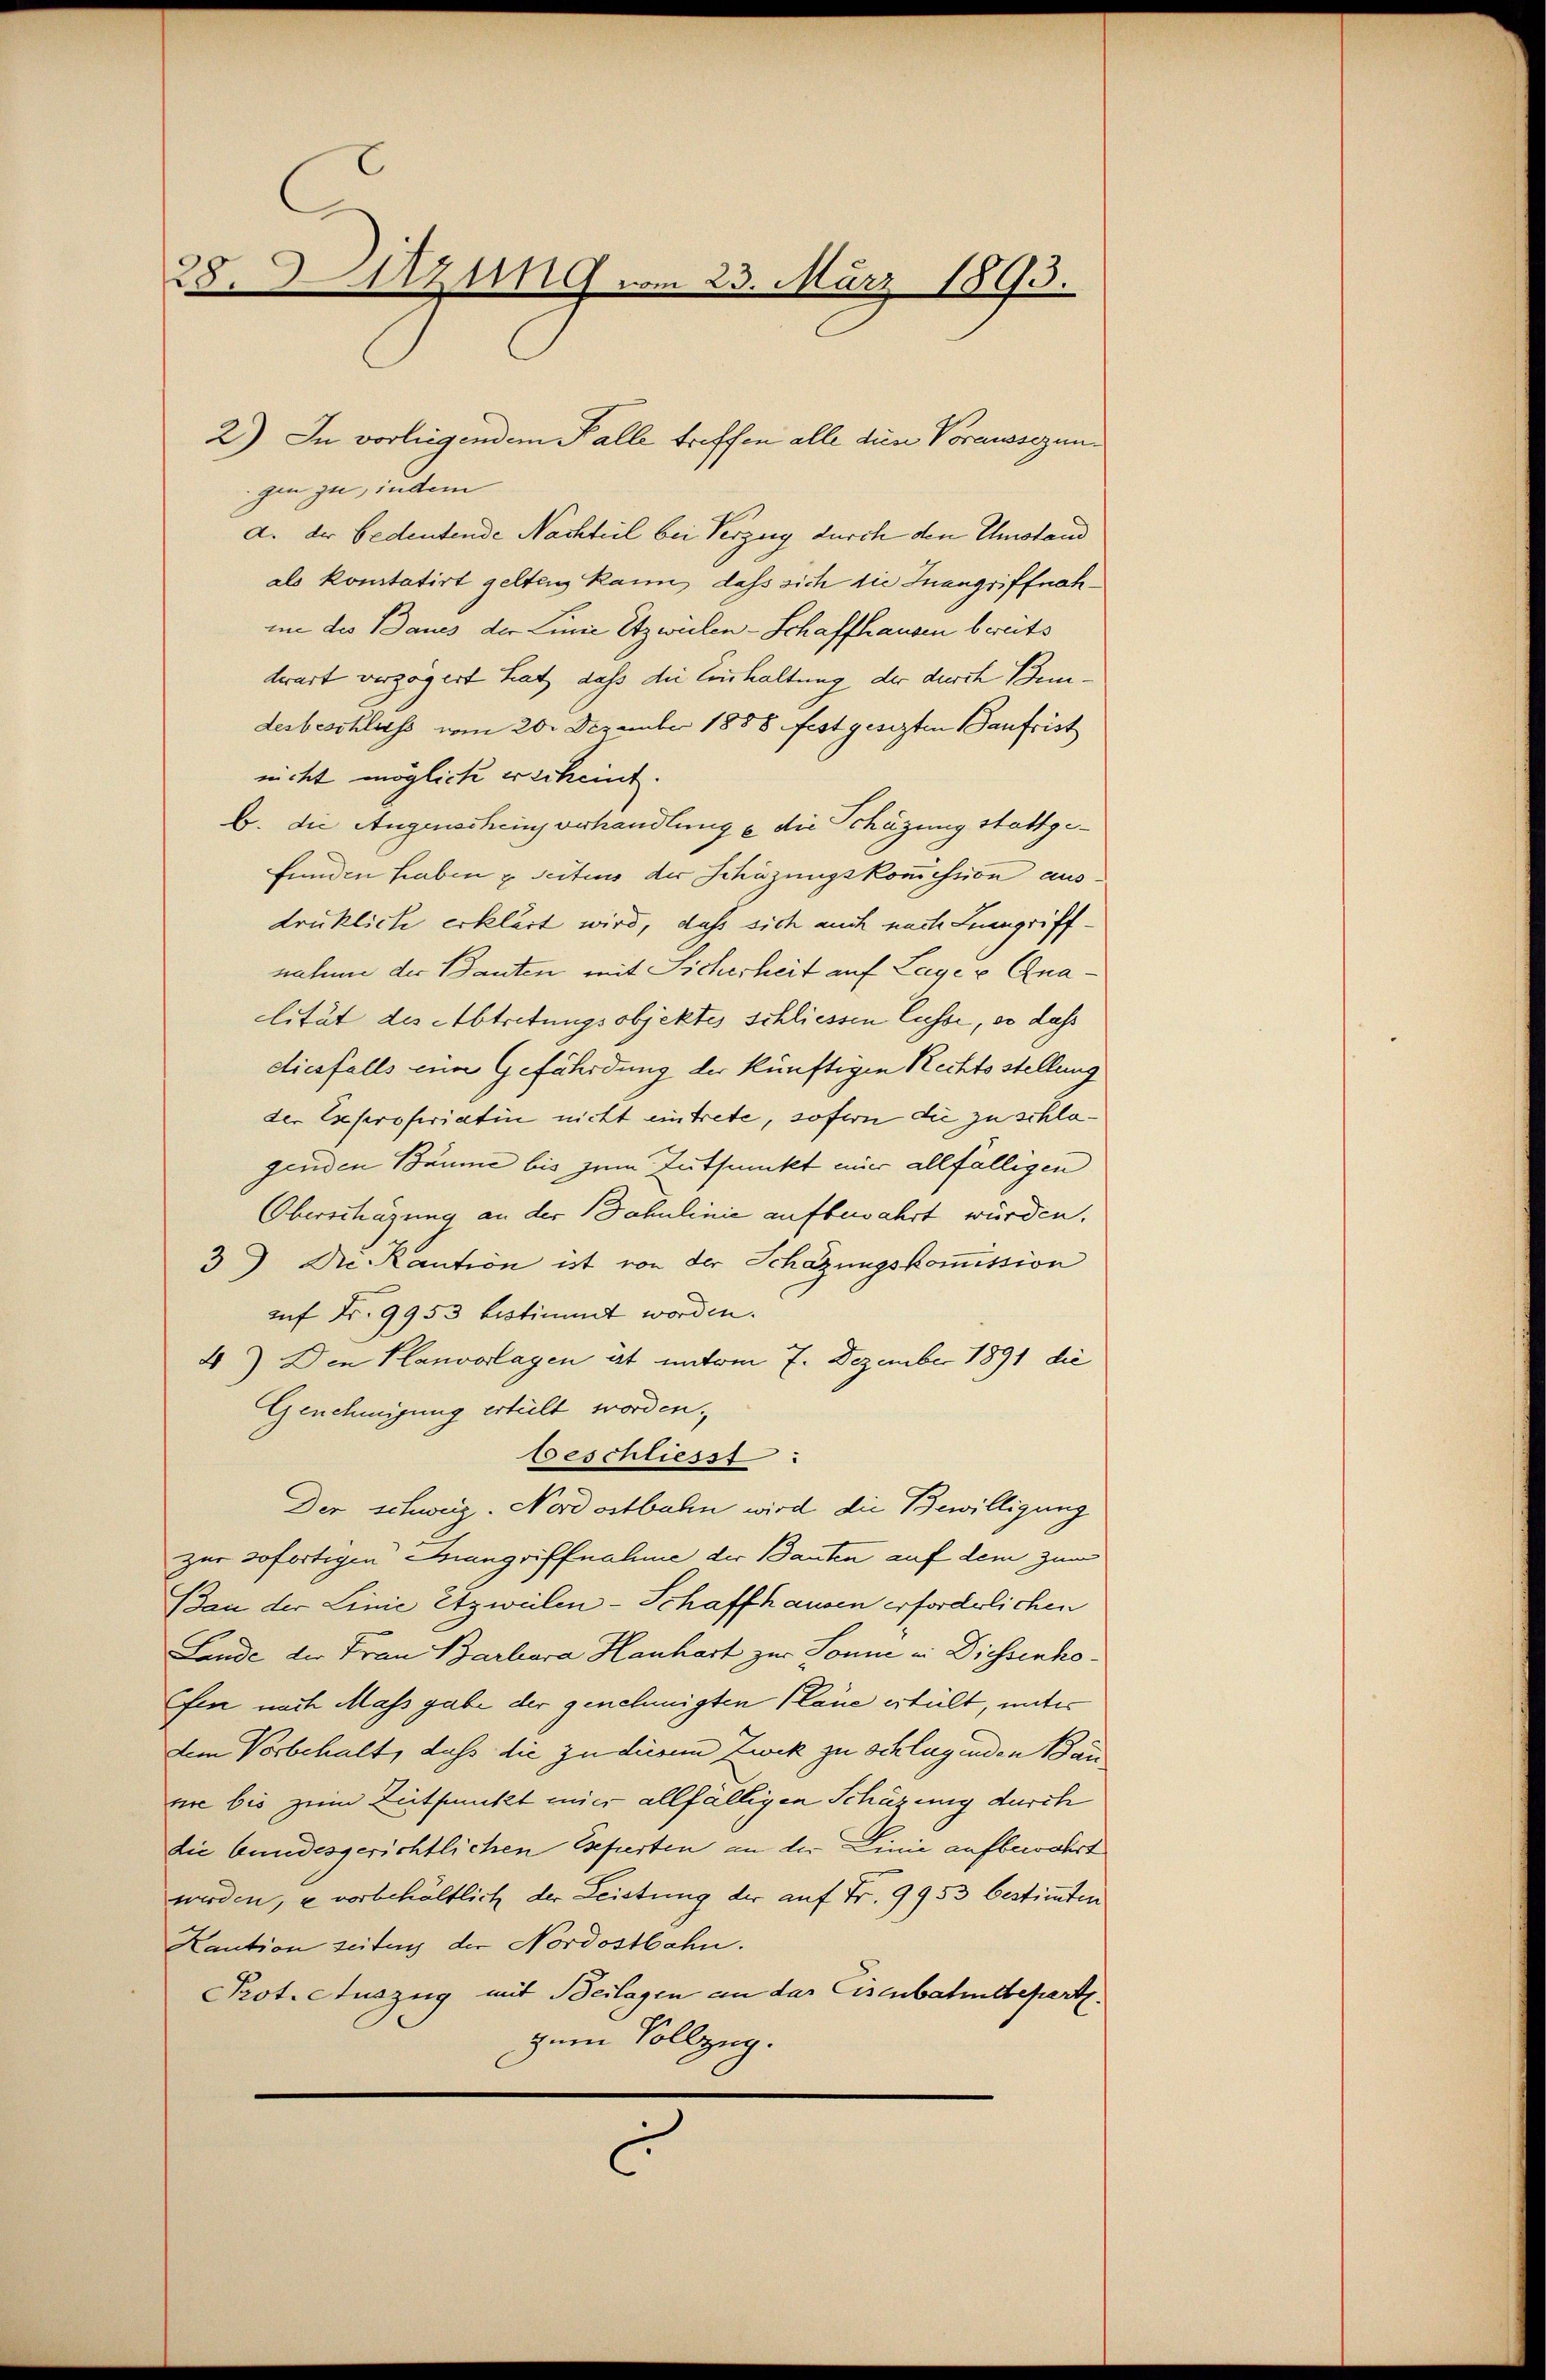
8
Sitzung vom 23. März 1893.

gin zu, indem
d. der bedeutende Nachteil bei Verzug durch den Umstand
als konstatirt gelten kann, dass sich die Inangriffnahime des Baues der Linie Etzweilen-Schaffhausen bereits
derart verzögert hat, dass die Einhaltung der durch Bendesbeschluss vom 20. Dezember 1888 festgesezten Baufrist
nicht möglich erscheint.
b. die Augenschein verhandlung e die Schazung stattgefunden haben u. Seitens der Schözungskommission aus
drüklich erklärt wird, daß sich auch nach Leingriffnatum der Bauten mit Sicherheit auf Lage v. Gna
clität des Abtretungsobjektes schliessen Casse, so dass
diesfalls eine Gefährdung der künftigen Rechtsstellung
der Expropriatin nicht eintrete, sofern die zu schlagenden Bäume bis zum Tutfunkt mir allfälligen
Oberschägung an der Dahulinie aufbewahrt würden.
3) Die Kaution ist von der Schazungskommission
auf Fr. 9953 bestimmt worden.
4) Den Planvorlagen ist unterm 7. Dezember 1891 die
Genehmigung erteilt worden.
beschliesst:
Der schweiz. Nordostbahn wird die Bewilligung
zur sofortigen Hangriffnahme der Bauten auf dem zum
Bau der Linie Etzweilen-Schaffhausen erforderlichen
Lande der Frau Barbara Hanhart zur Sonne in Diessenho
fe nach Mass gabe der genehmigten Pläne erfült, unter
dem Vorbehalt, dass die zu diesem Zwik zu verlagenden Bännie bis zum Zeitpunkt mir allfälligen Schäzung durch
die bundesgerichtlichen Esefierten an der Linie aufbewahrt
werden, u vorbehältlich der Leistung der auf Fr. 9953 bestimmten
Kaution seiting der Nordostbahn.
Prot. Auszug mit Beilagen an das Eisenbahndepart
zum Vollzug.
C

2) In vorliegendem Falle treffen alle dien Voraussezun¬